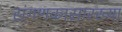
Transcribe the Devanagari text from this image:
संगणकासारख्या